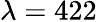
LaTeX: \lambda=422